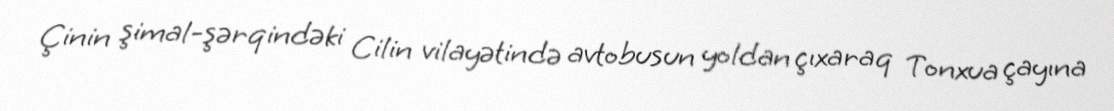
Çinin şimal-şərqindəki Cilin vilayətində avtobusun yoldan çıxaraq Tonxua çayına